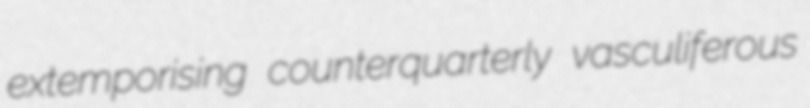
extemporising counterquarterly vasculiferous